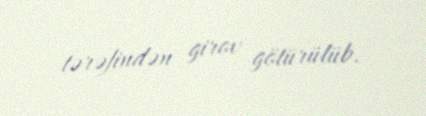
tərəfindən girov götürülüb.